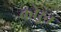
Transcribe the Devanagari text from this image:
कोऱुन